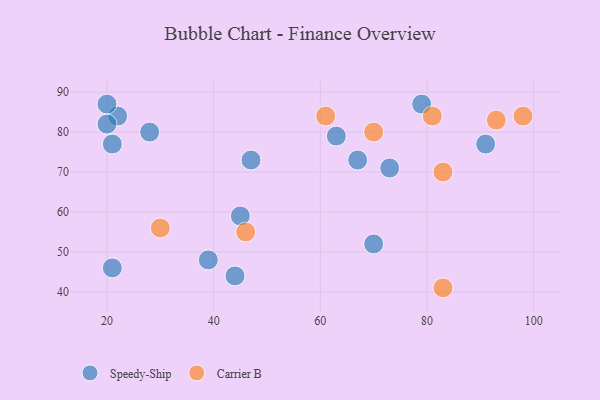
{"axis": {"x": "GDP", "y": "Life Expectancy"}, "legend": ["Carrier B", "Speedy-Ship"], "data": [{"x": "70", "y": 52, "type": "Speedy-Ship"}, {"x": "45", "y": 59, "type": "Speedy-Ship"}, {"x": "47", "y": 73, "type": "Speedy-Ship"}, {"x": "73", "y": 71, "type": "Speedy-Ship"}, {"x": "79", "y": 87, "type": "Speedy-Ship"}, {"x": "28", "y": 80, "type": "Speedy-Ship"}, {"x": "63", "y": 79, "type": "Speedy-Ship"}, {"x": "91", "y": 77, "type": "Speedy-Ship"}, {"x": "39", "y": 48, "type": "Speedy-Ship"}, {"x": "21", "y": 46, "type": "Speedy-Ship"}, {"x": "44", "y": 44, "type": "Speedy-Ship"}, {"x": "67", "y": 73, "type": "Speedy-Ship"}, {"x": "22", "y": 84, "type": "Speedy-Ship"}, {"x": "20", "y": 82, "type": "Speedy-Ship"}, {"x": "20", "y": 87, "type": "Speedy-Ship"}, {"x": "21", "y": 77, "type": "Speedy-Ship"}, {"x": "81", "y": 84, "type": "Carrier B"}, {"x": "46", "y": 55, "type": "Carrier B"}, {"x": "70", "y": 80, "type": "Carrier B"}, {"x": "83", "y": 70, "type": "Carrier B"}, {"x": "83", "y": 41, "type": "Carrier B"}, {"x": "93", "y": 83, "type": "Carrier B"}, {"x": "98", "y": 84, "type": "Carrier B"}, {"x": "30", "y": 56, "type": "Carrier B"}, {"x": "61", "y": 84, "type": "Carrier B"}]}